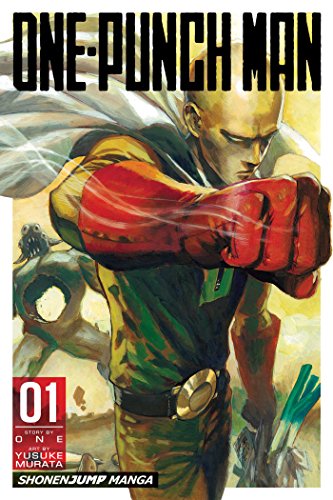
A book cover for One-Punch Man, Vol. 1; ONE; Comics & Graphic Novels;